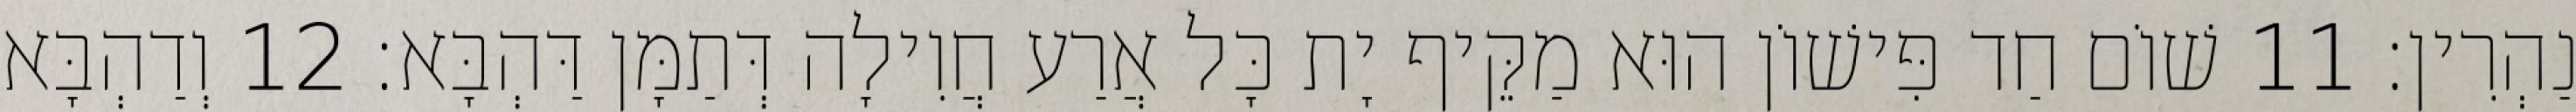
נַהְרִין׃ 11 שׁוֹם חַד פִּישׁוֹן הוּא מַקֵּיף יָת כָּל אֲרַע חֲוִילָה דְּתַמָּן דַּהְבָּא׃ 12 וְדַהְבָּא